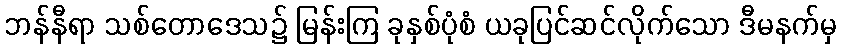
ဘန်နီရာ သစ်တောဒေသ၌ မြန်းကြ ခုနှစ်ပုံစံ ယခုပြင်ဆင်လိုက်သော ဒီမနက်မှ